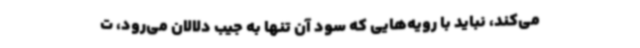
می‌کند، نباید با رویه‌هایی که سود آن تنها به جیب دلالان می‌رود، ت